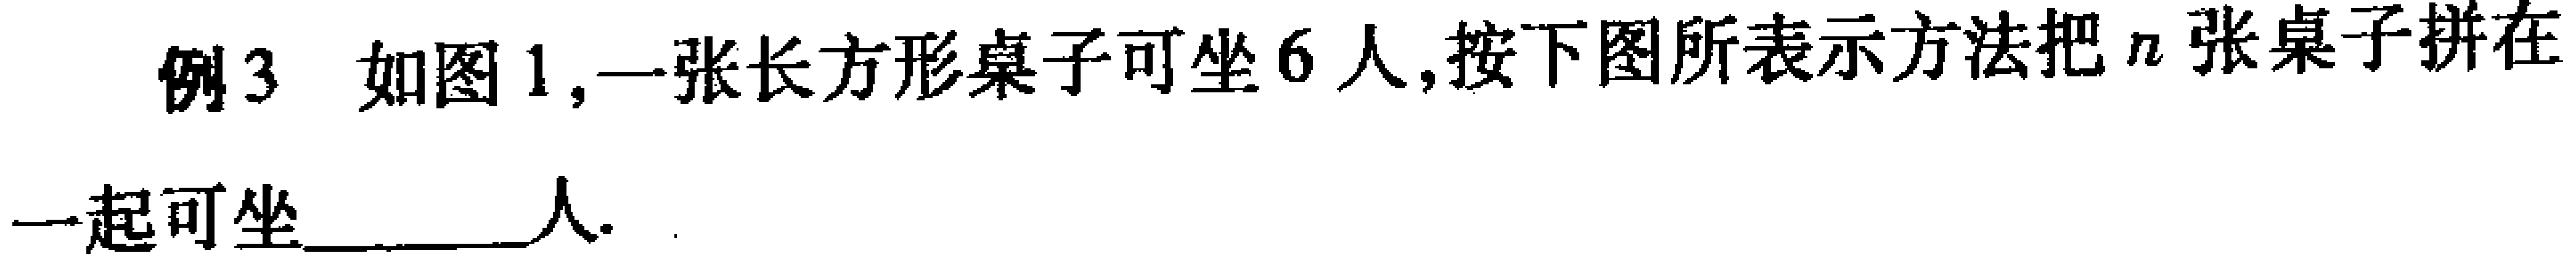
例3 如图1,一张长方形桌子可坐6人,按下图所表示方法把\(n\)张桌子拼在一起可坐____人.